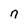
Character: n